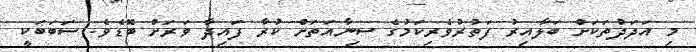
މި އަދަދުތަކަށް ބަލާއިރު ފަތުރުވެރިކަމުގެ ސިނާއަތަށް ކުރާ ފައިދާ ވަރަށް ބޮޑެވެ. ސަބަބަކީ